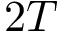
2 T